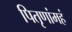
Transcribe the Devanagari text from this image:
पितृणांमहं